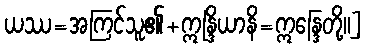
ယဿ=အကြင်သူ၏+ဣန္ဒြိယာနိ=ဣန္ဒြေတို့။]